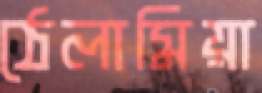
ঠেলামিয়া